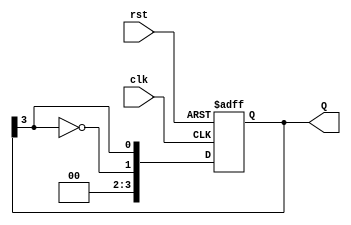
module johnson_counter #(
    parameter N = 4  // Number of flip-flops (change as needed)
) (
    input wire clk,      // Clock input
    input wire rst,      // Reset input (active high)
    output reg [N-1:0] Q // Counter output
);

    // Sequential logic for the Johnson counter
    always @(posedge clk or posedge rst) begin
        if (rst) begin
            // Reset state
            Q <= 0;
        end else begin
            // Johnson counter logic
            Q <= { ~Q[N-1], Q[N-1:N-1] };  // Shift with inverted last flip-flop
        end
    end

endmodule